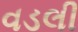
વડલી